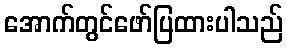
အောက်တွင်ဖော်ပြထားပါသည်